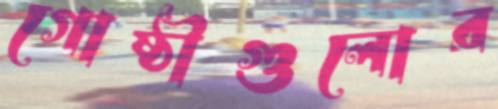
গোষ্ঠীগুলোর